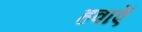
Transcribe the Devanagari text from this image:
हवाऐं